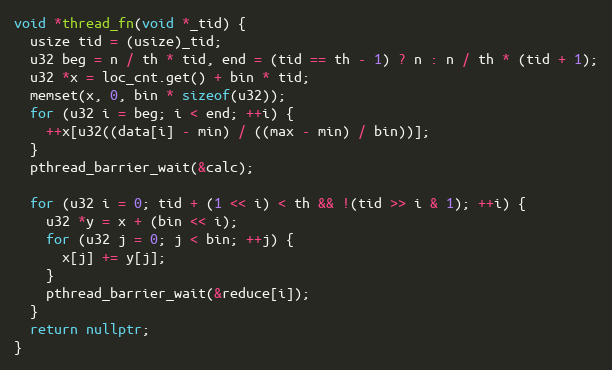
Language: C++
void *thread_fn(void *_tid) {
  usize tid = (usize)_tid;
  u32 beg = n / th * tid, end = (tid == th - 1) ? n : n / th * (tid + 1);
  u32 *x = loc_cnt.get() + bin * tid;
  memset(x, 0, bin * sizeof(u32));
  for (u32 i = beg; i < end; ++i) {
    ++x[u32((data[i] - min) / ((max - min) / bin))];
  }
  pthread_barrier_wait(&calc);

  for (u32 i = 0; tid + (1 << i) < th && !(tid >> i & 1); ++i) {
    u32 *y = x + (bin << i);
    for (u32 j = 0; j < bin; ++j) {
      x[j] += y[j];
    }
    pthread_barrier_wait(&reduce[i]);
  }
  return nullptr;
}